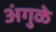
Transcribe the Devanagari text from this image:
अंगुळे